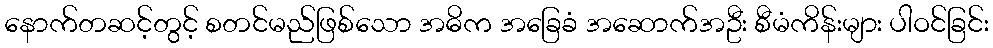
နောက်တဆင့်တွင့် စတင်မည်ဖြစ်သော အဓိက အခြေခံ အဆောက်အဦး စီမံကိန်းများ ပါဝင်ခြင်း